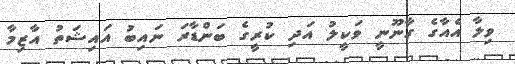
ވިލާ އެއާގެ ގާނޫނީ ވަކީލު އަދި ކުރީގެ ބަންޑާރަ ނައިބު އައިޝަތު އާޒިމާ